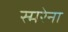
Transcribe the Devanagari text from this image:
स्मरेना